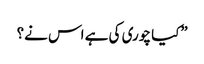
”کیا چوری کی ہے اس نے؟